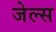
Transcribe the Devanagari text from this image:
जेल्स